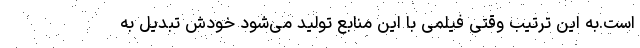
است.به این ترتیب وقتی فیلمی با این منابع تولید می‌شود خودش تبدیل به